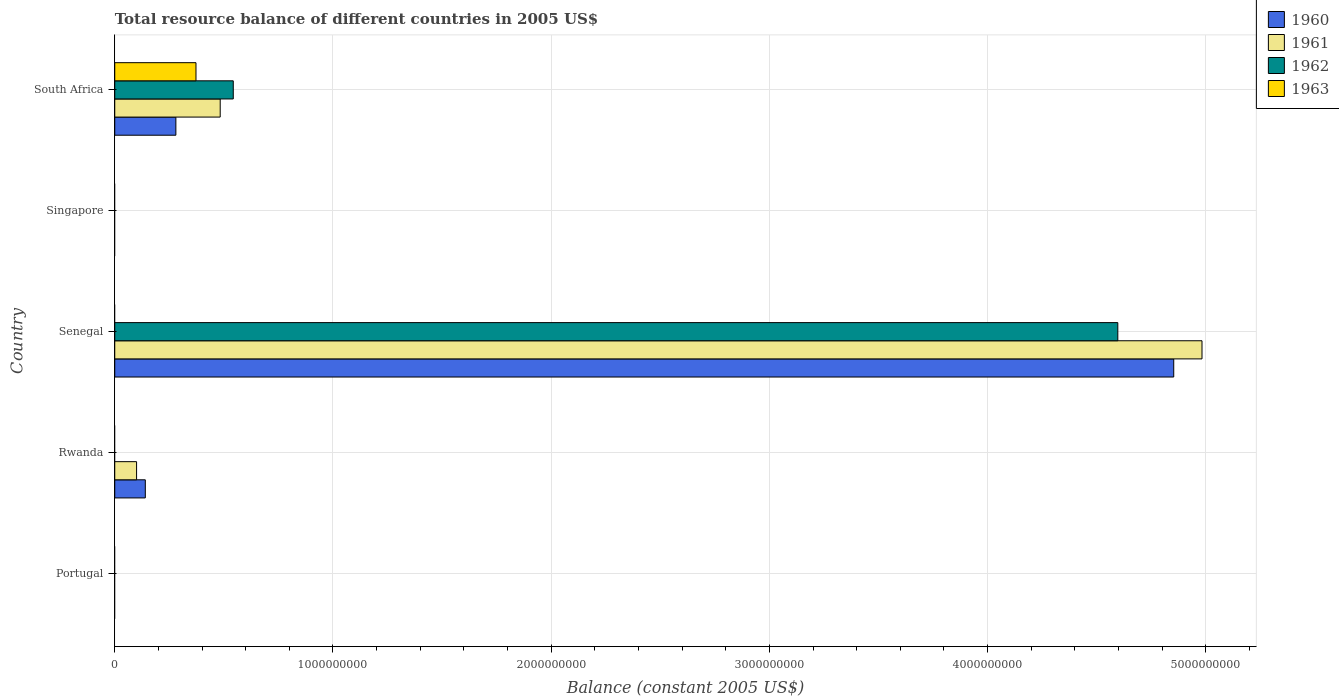
| Country | 1960 | 1961 | 1962 | 1963 |
 | --- | --- | --- | --- | --- |
 | Portugal | -2.21e+07 | -4.43e+07 | -1.93e+07 | -2.22e+07 |
 | Rwanda | 1.4e+08 | 1e+08 | -2.2e+08 | -4.3e+08 |
 | Senegal | 4.85e+09 | 4.98e+09 | 4.6e+09 | -8.41e+08 |
 | Singapore | -2.95e+08 | -3.41e+08 | -2.63e+08 | -4.09e+08 |
 | South Africa | 2.8e+08 | 4.83e+08 | 5.43e+08 | 3.72e+08 |